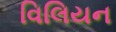
વિલિયન